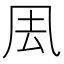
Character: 𠘾